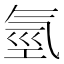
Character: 氫